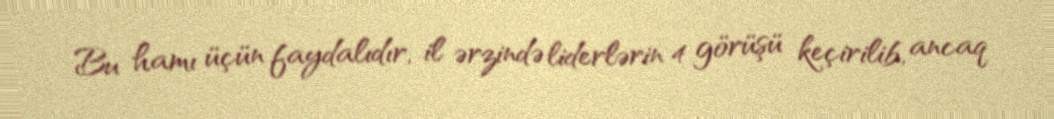
Bu hamı üçün faydalıdır, il ərzində liderlərin 4 görüşü keçirilib, ancaq